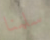
سلمنا